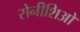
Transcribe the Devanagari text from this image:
सेनीशिओ